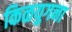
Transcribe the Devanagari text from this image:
किळयुगना